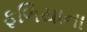
ફળિયાના